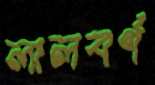
লালবর্ণ